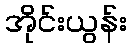
အိုင်းယွန်း